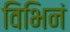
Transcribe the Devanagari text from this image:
विभिनं